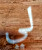
لي